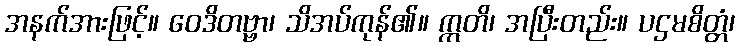
အနက်အားဖြင့်။ ဝေဒိတဗ္ဗာ၊ သိအပ်ကုန်၏။ ဣတိ၊ အပြီးတည်း။ ပဌမစိတ္တံ၊